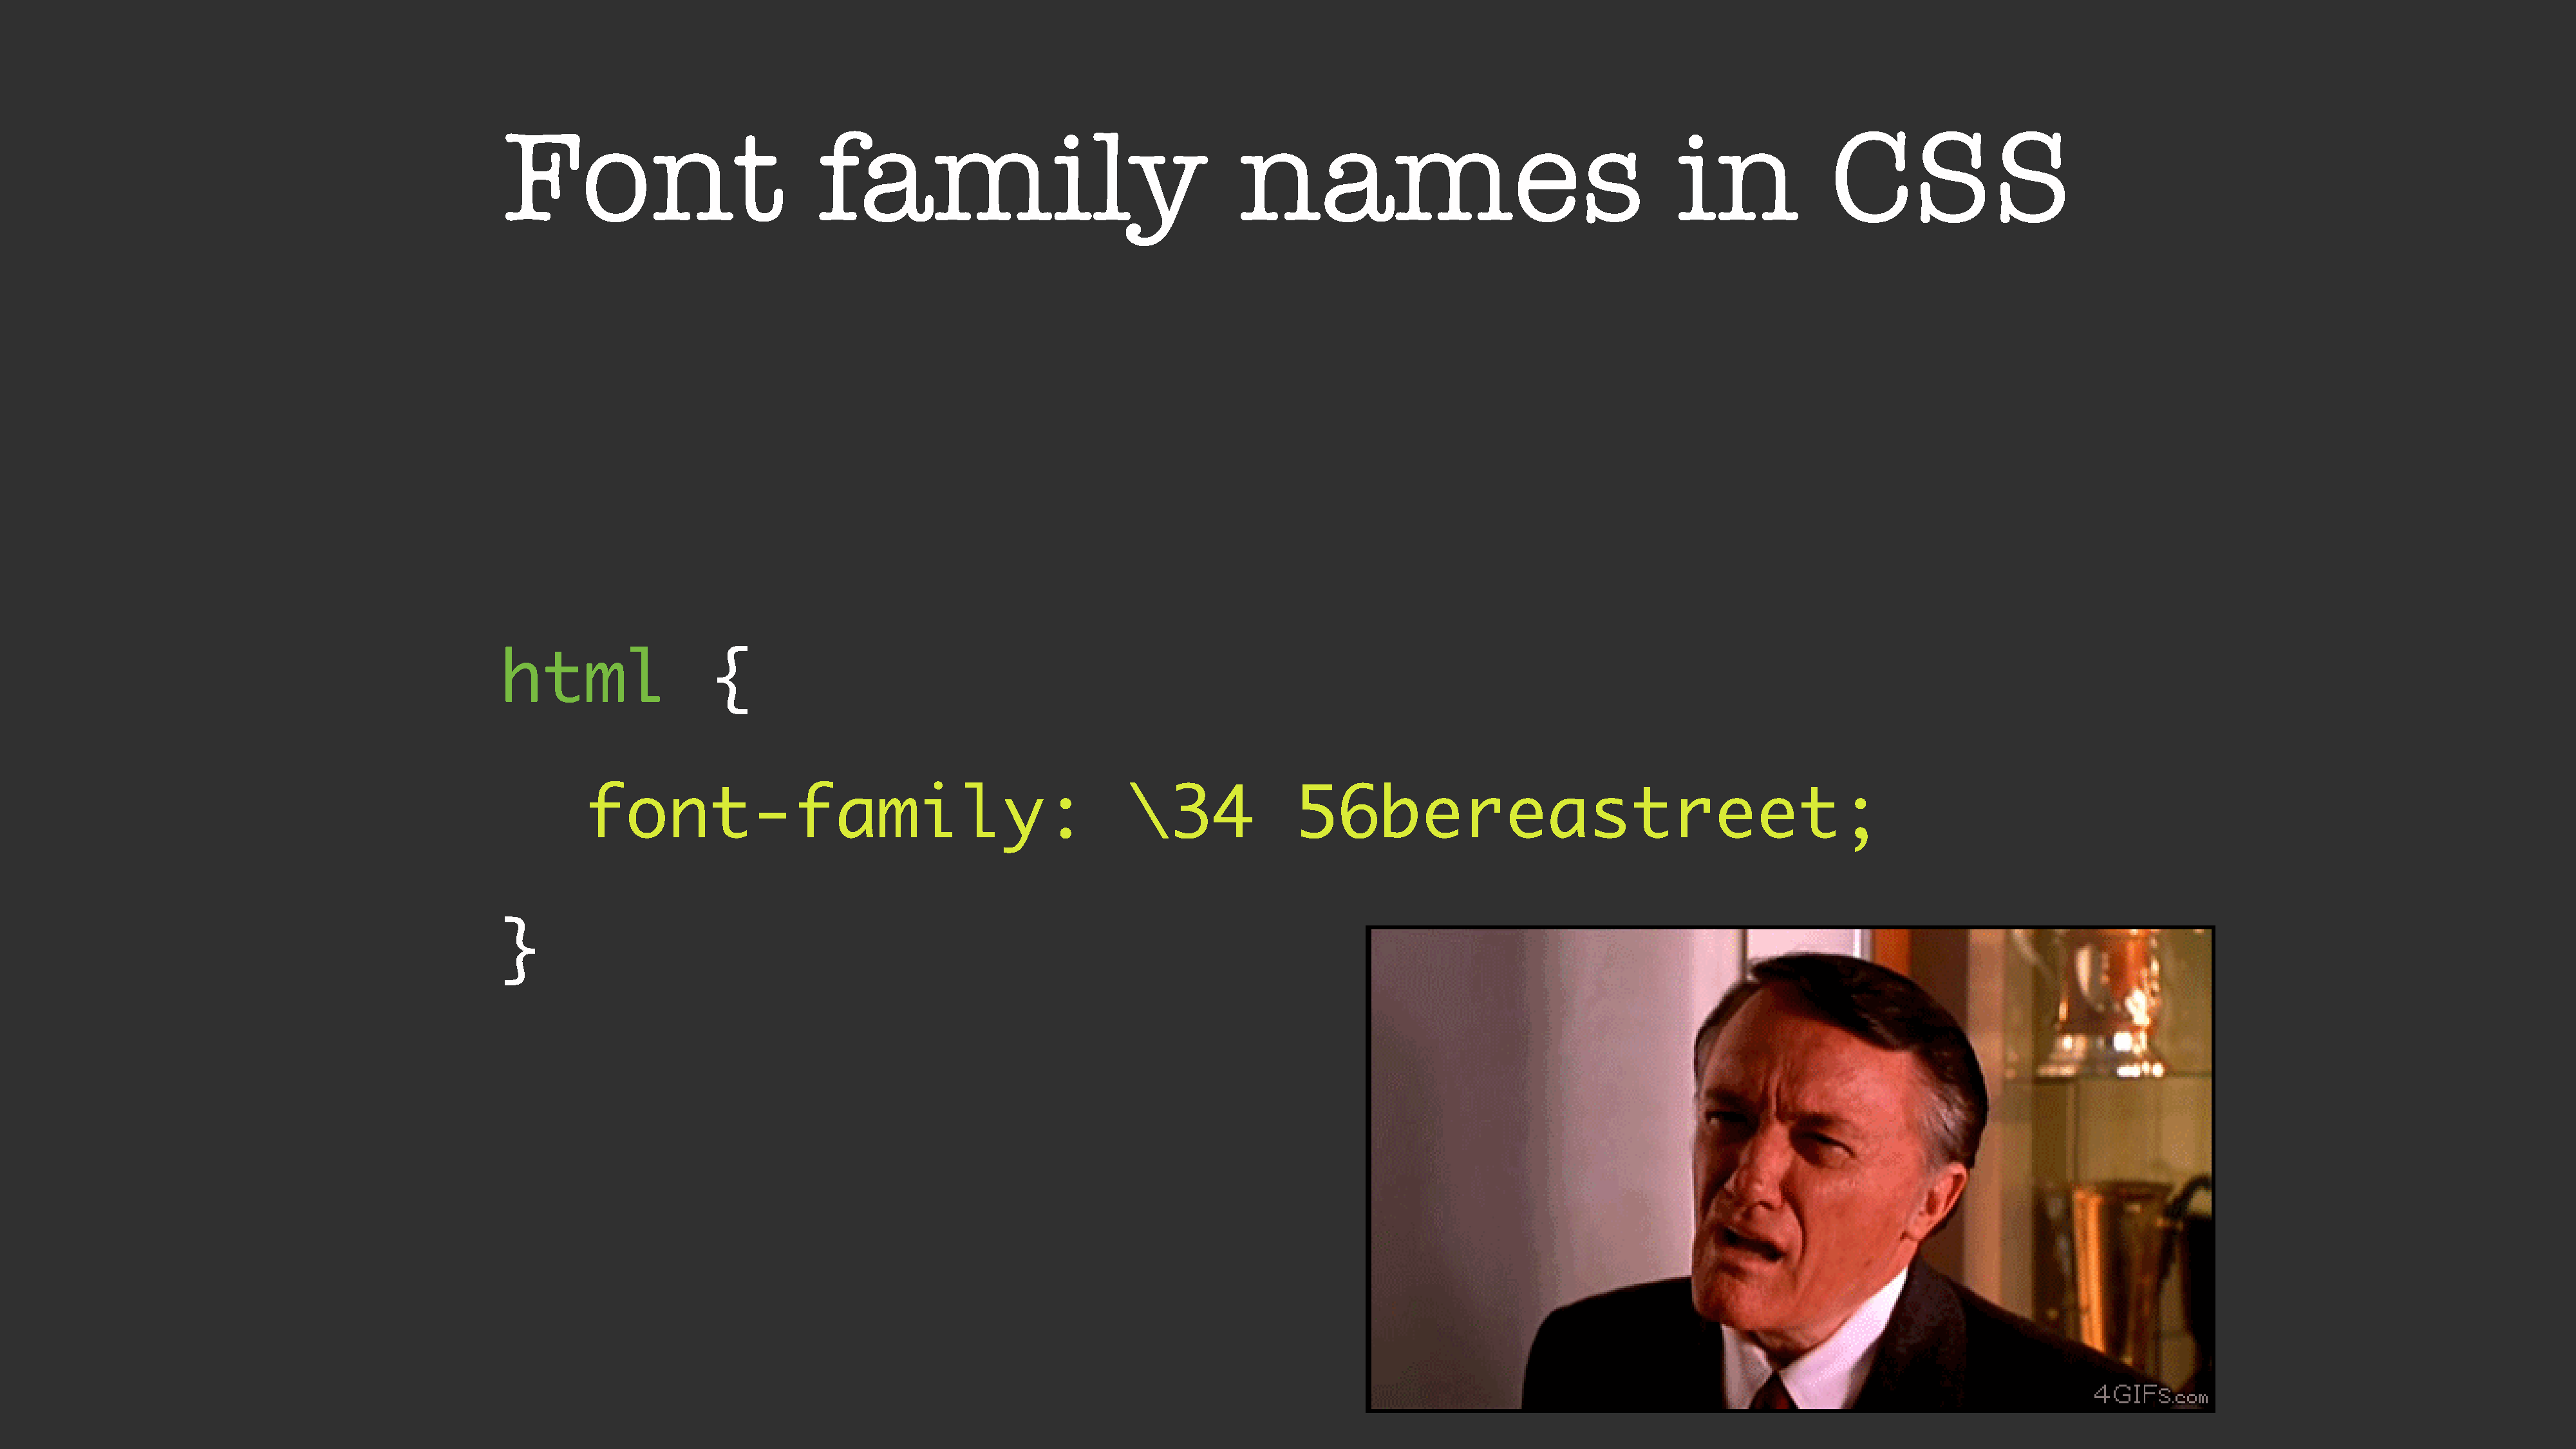
Font                            family                                     names                                        in              CSS
 html                  {
 font-family:                                            \34              56bereastreet;
 }